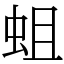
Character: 蛆